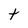
Character: t